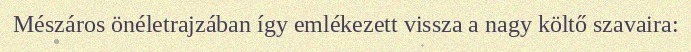
Mészáros önéletrajzában így emlékezett vissza a nagy költő szavaira: